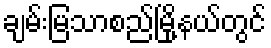
ချမ်းမြသာစည်မြို့နယ်တွင်